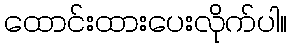
ထောင်းထားပေးလိုက်ပါ။